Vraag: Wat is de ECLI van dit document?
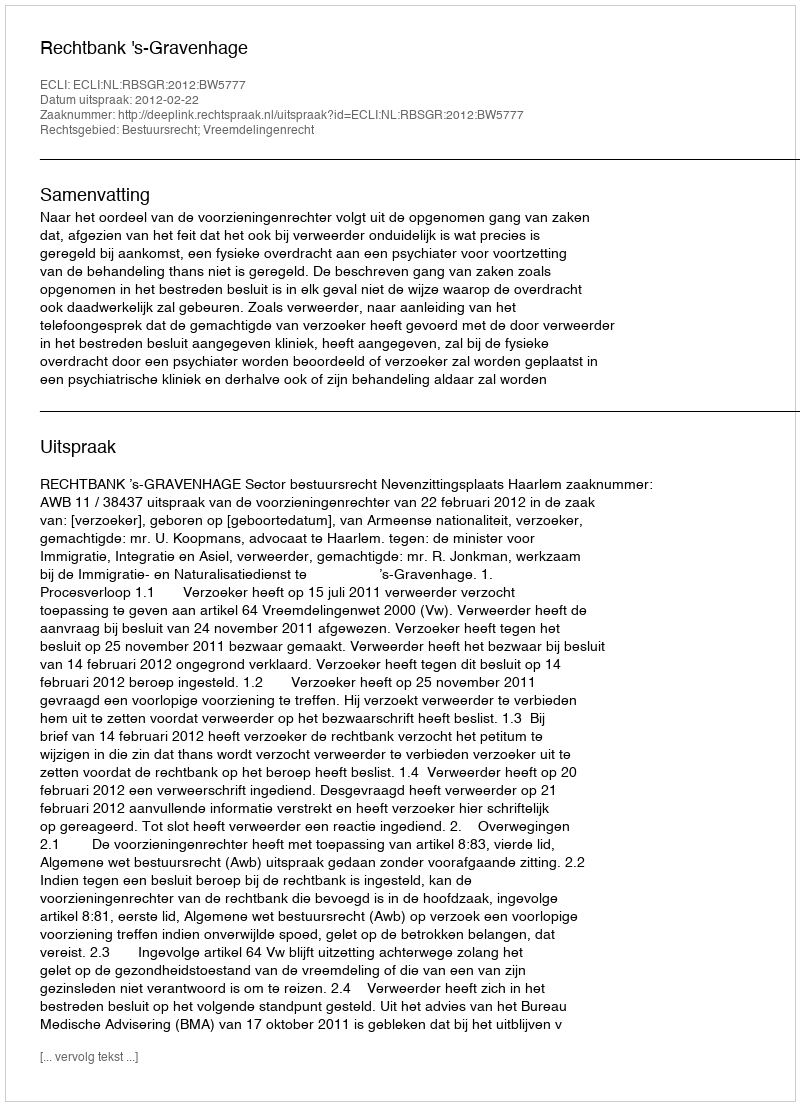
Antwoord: ECLI:NL:RBSGR:2012:BW5777